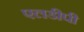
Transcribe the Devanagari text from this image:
एलडीपी